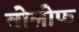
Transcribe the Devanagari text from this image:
बोलोफ